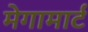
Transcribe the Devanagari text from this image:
मेगामार्ट